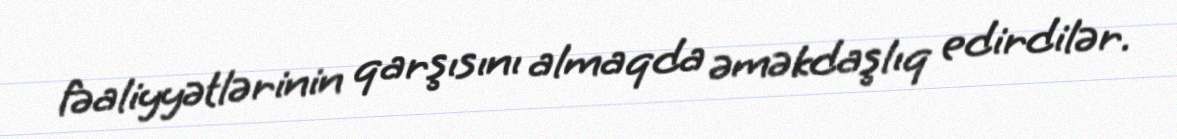
fəaliyyətlərinin qarşısını almaqda əməkdaşlıq edirdilər.